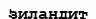
зиландит